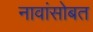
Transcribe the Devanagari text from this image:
नावांसोबत